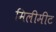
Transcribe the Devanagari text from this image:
मिलीमीट